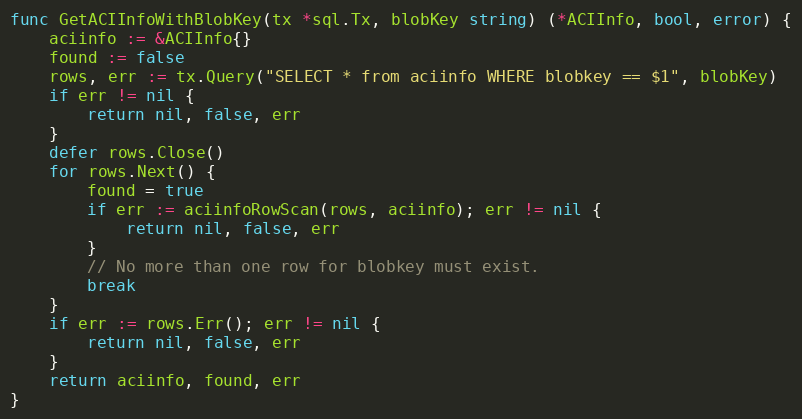
Language: Go
func GetACIInfoWithBlobKey(tx *sql.Tx, blobKey string) (*ACIInfo, bool, error) {
	aciinfo := &ACIInfo{}
	found := false
	rows, err := tx.Query("SELECT * from aciinfo WHERE blobkey == $1", blobKey)
	if err != nil {
		return nil, false, err
	}
	defer rows.Close()
	for rows.Next() {
		found = true
		if err := aciinfoRowScan(rows, aciinfo); err != nil {
			return nil, false, err
		}
		// No more than one row for blobkey must exist.
		break
	}
	if err := rows.Err(); err != nil {
		return nil, false, err
	}
	return aciinfo, found, err
}